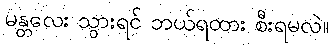
မန္တလေး သွားရင် ဘယ်ရထား စီးရမလဲ။